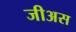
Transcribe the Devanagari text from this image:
जीअस